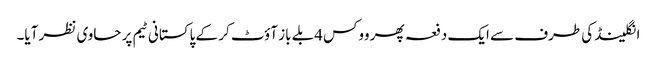
انگلینڈ کی طرف سے ایک دفعہ پھر ووکس 4بلے باز آؤٹ کر کے پاکستانی ٹیم پر حاوی نظر آیا۔